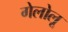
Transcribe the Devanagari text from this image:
गेलोलू